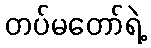
တပ်မတော်ရဲ့